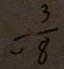
= \frac { 3 } { 8 }